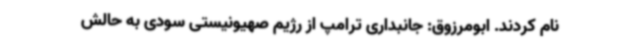
نام کردند. ابومرزوق: جانبداری ترامپ از رژیم صهیونیستی سودی به حالش